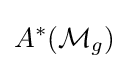
A^{*}({\mathcal {M}}_{g})